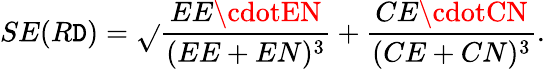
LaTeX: SE(R\mathtt{D})={\sqrt{}{{{\frac{{EE\cdotEN}}{{(EE+EN)^{3}}}}+{\frac{{CE\cdotCN}}{{(CE+CN)^{3}}}}}}}.